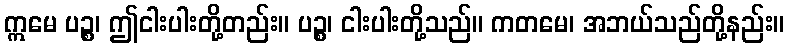
ဣမေ ပဉ္စ၊ ဤငါးပါးတို့တည်း။ ပဉ္စ၊ ငါးပါးတို့သည်။ ကတမေ၊ အဘယ်သည်တို့နည်း။